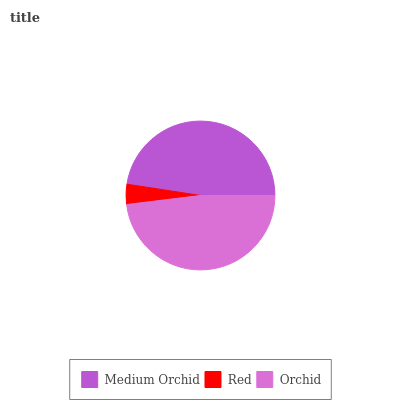
| Medium Orchid | Red | Orchid |
 | --- | --- | --- |
 | 47.6% | 4.36% | 48.1% |